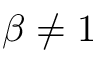
\beta \neq 1